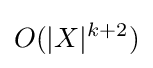
O(|X|^{k+2})